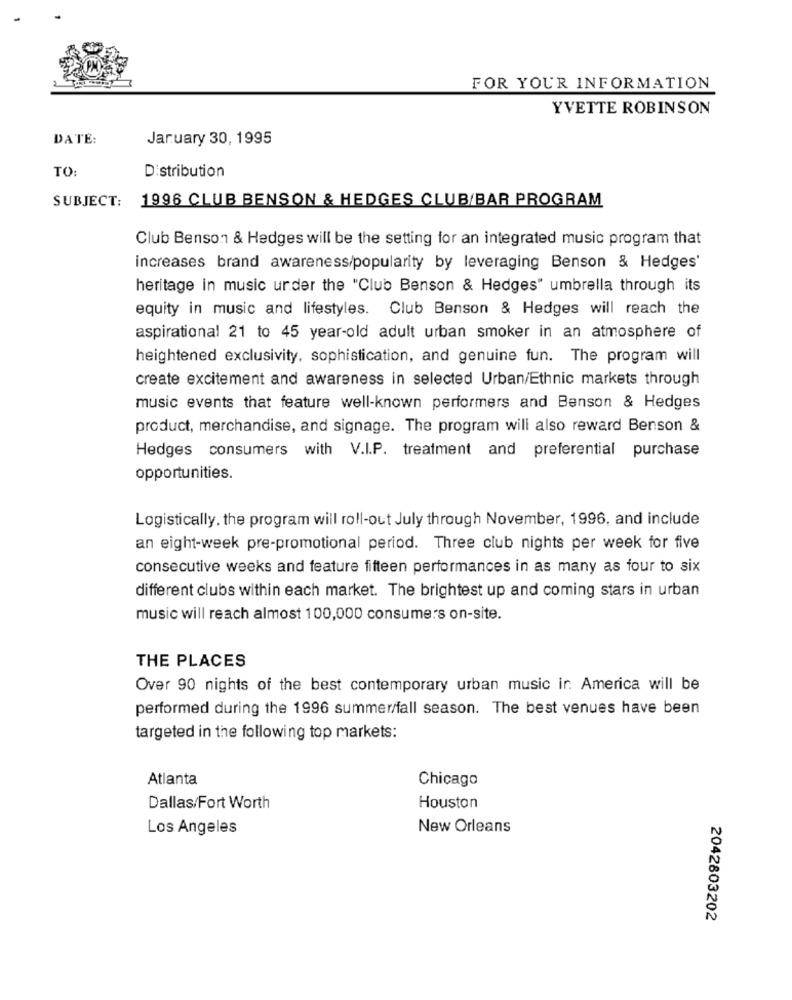
FOR YOUR INFORMATION
YVETTE ROBINSON
DATE:
January 30, 1995
TO:
Distribution
SUBJECT:
1996 CLUB BENSON & HEDGES CLUB/BAR PROGRAM
Club Benson & Hedges will be the setting for an integrated music program that
increases brand awareness/popularity by leveraging Benson & Hedges'
heritage in music under the "Club Benson & Hedges" umbrella through its
equity in music and lifestyles. Club Benson & Hedges will reach the
aspirational 21 to 45 year-old adult urban smoker in an atmosphere of
heightened exclusivity, sophistication, and genuine fun. The program will
create excitement and awareness in selected Urban/Ethnic markets through
music events that feature well-known performers and Benson & Hedges
product, merchandise, and signage. The program will also reward Benson &
Hedges consumers with V.I.P. treatment and preferential purchase
opportunities.
Logistically, the program will roll-out July through November, 1996, and include
an eight-week pre-promotional period. Three club nights per week for five
consecutive weeks and feature fifteen performances in as many as four to six
different clubs within each market. The brightest up and coming stars in urban
music will reach almost 100,000 consumers on-site.
THE PLACES
Over 90 nights of the best contemporary urban music ir. America will be
performed during the 1996 summer/fall season. The best venues have been
targeted in the following top markets:
Atlanta
Chicago
Dallas/Fort Worth
Houston
Los Angeles
New Orleans
2042803202